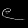
Digit: ၉